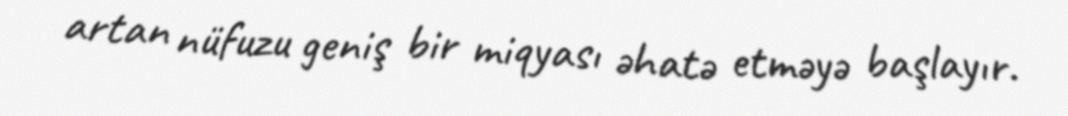
artan nüfuzu geniş bir miqyası əhatə etməyə başlayır.